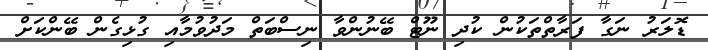
ޑޮލަރު ނަގާ ފަރާތްތަކުން ކުދި ނޫޓް ބޭނުންވާ ނިސްބަތް މަދުވުމާއި ގުޅިގެން ބޭންކަށް